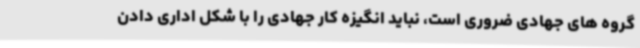
گروه های جهادی ضروری است، نباید انگیزه کار جهادی را با شکل اداری دادن